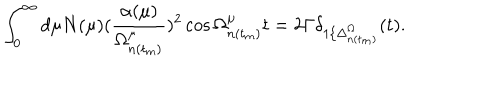
\int _ { 0 } ^ { \infty } d \mu N ( \mu ) ( \frac { \alpha ( \mu ) } { \Omega _ { n ( t _ { m } ) } ^ { \mu } } ) ^ { 2 } \cos \Omega _ { n ( t _ { m } ) } ^ { \mu } t = 2 \Gamma \delta _ { 1 / \Delta _ { n ( t _ { m } ) } ^ { \Omega } } ( t ) .